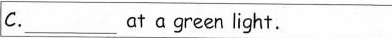
C. ___ at a green light.